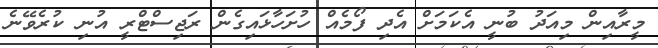
މީރާއިން މިއަދު ބުނީ އެކަމަށް އެދި ފޯމެއް ހުށަހާޅައިގެން ރަޖިސްޓްރީ އުނި ކުރެވޭނެ